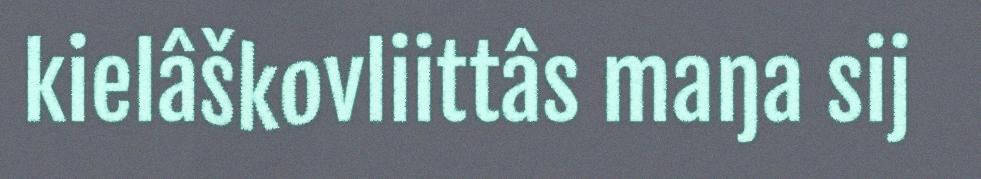
kielâškovliittâs maŋa sij